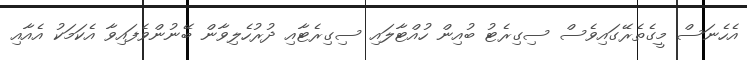
އެހެނަސް މީގެތެރޭގައިވެސް ސިގިރެޓު ބުއިން ހުއްޓާލައި ސިގިރެޓާއި ދުރުހެލިވާން ބޭނުންވެފައިވާ އެކަމަކު އެއާއި